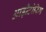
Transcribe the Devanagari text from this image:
आड़ीटोरिम